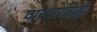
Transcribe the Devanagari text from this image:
वारंवारताही